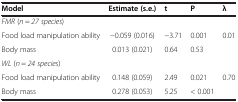
| Model | Estimate (s.e.) | t | P | λ |
 | --- | --- | --- | --- | --- |
 | <COLSPAN=5> FMR (n = 27 species) |
 | Food load manipulation ability | -0.059 (0.016) | -3.71 | 0.001 | 0.01 |
 | Body mass | 0.013 (0.021) | 0.64 | 0.53 |  |
 | <COLSPAN=5> WL (n = 24 species) |
 | Food load manipulation ability | 0.148 (0.059) | 2.49 | 0.021 | 0.70 |
 | Body mass | 0.278 (0.053) | 5.25 | < 0.001 |  |